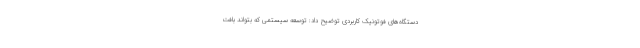
دستگاه‌های فوتونیک کاربردی توضیح داد: توسعه سیستمی که بتواند بافت